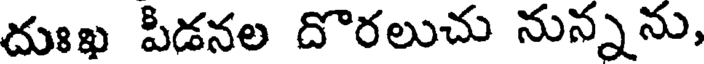
దుఃఖ పీడనల దొరలుచు నున్నను,